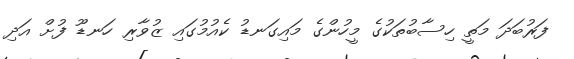
ފަރުބަދަ މަތީ ހިސާބުތަކުގެ މީހުންގެ މައިގަނޑު ކެއުމުގައި ޒުވާރި ހަނޑޫ ފުށް އަދި